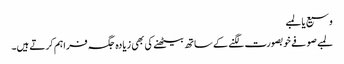
وسیع یا لمبے
لمبے صوفے خوبصورت لگنے کے ساتھ بیٹھنے کی بھی زیادہ جگہ فراہم کرتے ہیں۔